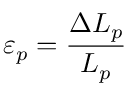
\varepsilon _ { p } = \frac { \Delta L _ { p } } { L _ { p } }